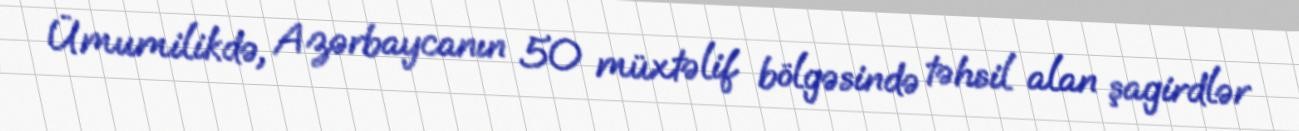
Ümumilikdə, Azərbaycanın 50 müxtəlif bölgəsində təhsil alan şagirdlər